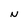
Character: N